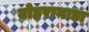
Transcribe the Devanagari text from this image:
बोहरानाडा